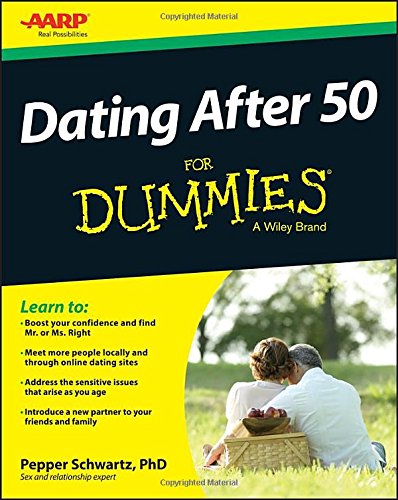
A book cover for Dating After 50 For Dummies; Pepper Schwartz; Self-Help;